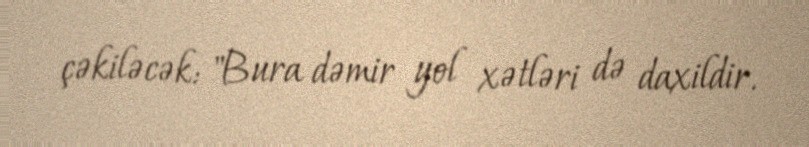
çəkiləcək: "Bura dəmir yol xətləri də daxildir.